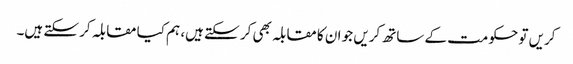
کریں تو حکومت کے ساتھ کریں جو ان کا مقابلہ بھی کر سکتے ہیں، ہم کیا مقابلہ کر سکتے ہیں۔